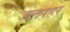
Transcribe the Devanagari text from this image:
जलपहर